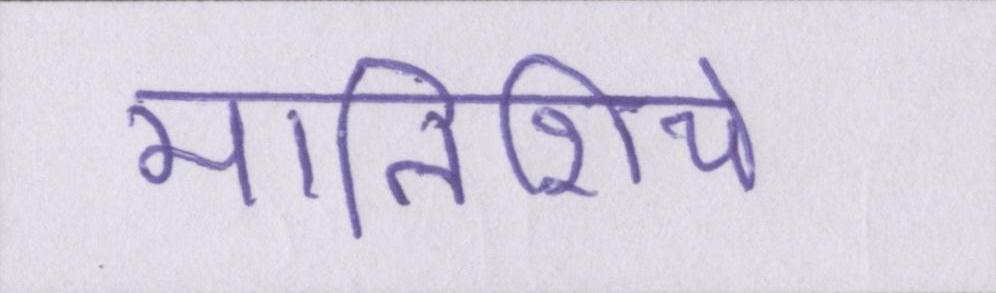
मालिशिये